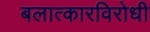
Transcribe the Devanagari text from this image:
बलात्कारविरोधी